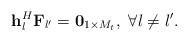
\begin{align*} {{\bf{h}}_l^H}{{\bf{F}}_{l'}} = {{\bf{0}}_{1 \times M_t}},\ \forall l \ne l'. \end{align*}